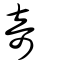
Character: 竒